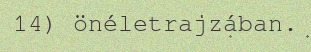
14) önéletrajzában.